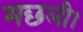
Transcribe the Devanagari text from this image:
मछली।